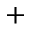
^ +